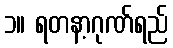
၁။ ရတနာ့ဂုဏ်ရည်